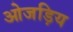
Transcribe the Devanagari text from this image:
ओजड़िय